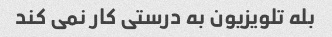
بله تلویزیون به درستی کار نمی کند